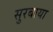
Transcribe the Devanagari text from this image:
सुरबाया